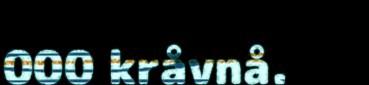
000 kråvnå.